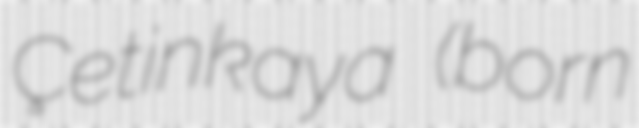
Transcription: Çetinkaya (born